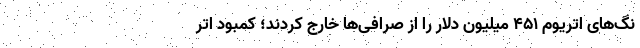
نگ‌های اتریوم ۴۵۱ میلیون دلار را از صرافی‌ها خارج کردند؛ کمبود اتر